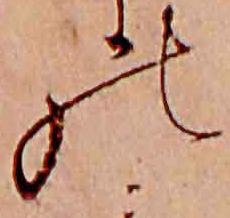
の